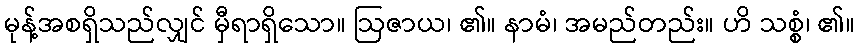
မုန့်အစရှိသည်လျှင် မှီရာရှိသော။ ဩဇာယ၊ ၏။ နာမံ၊ အမည်တည်း။ ဟိ သစ္စံ၊ ၏။